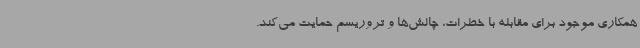
همکاری موجود برای مقابله با خطرات، چالش‌ها و تروریسم حمایت می‌کند.